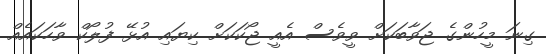
ގިނަ މީހުންގެ ޖަވާބަކަށް ވީވެސް އެއީ ޖޯކަކަށް ކިޔައި އުޅޭ ފުލޯކް ވާހަކައެއް